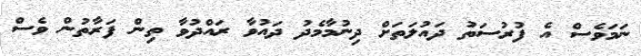
ނަމަވެސް އެ ފުރުސަތު ދައުލަތަށް ދިނުމާމެދު ދައުވާ ރައްދުވާ ތިން ފަރާތުން ވެސް